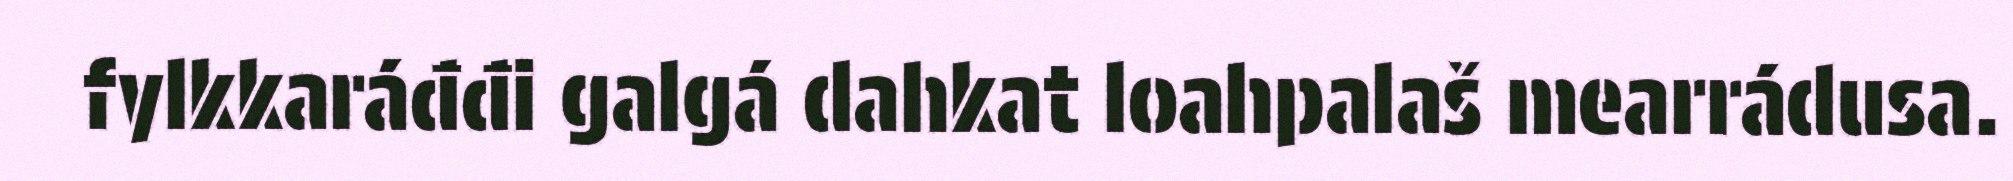
fylkkaráđđi galgá dahkat loahpalaš mearrádusa.